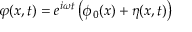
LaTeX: \varphi ( x , t ) = e ^ { i \omega t } \left( \phi _ { 0 } ( x ) + \eta ( x , t ) \right)